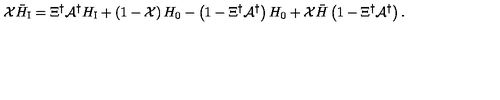
{ \cal X } { \bar { H } } _ { \mathrm { \scriptsize I } } = \Xi ^ { \dagger } { \cal A } ^ { \dagger } H _ { \mathrm { \scriptsize I } } + \left( 1 - { \cal X } \right) H _ { 0 } - \left( 1 - \Xi ^ { \dagger } { \cal A } ^ { \dagger } \right) H _ { 0 } + { \cal X } { \bar { H } } \left( 1 - \Xi ^ { \dagger } { \cal A } ^ { \dagger } \right) .